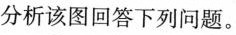
分析该图回答下列问题。